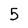
Character: 5